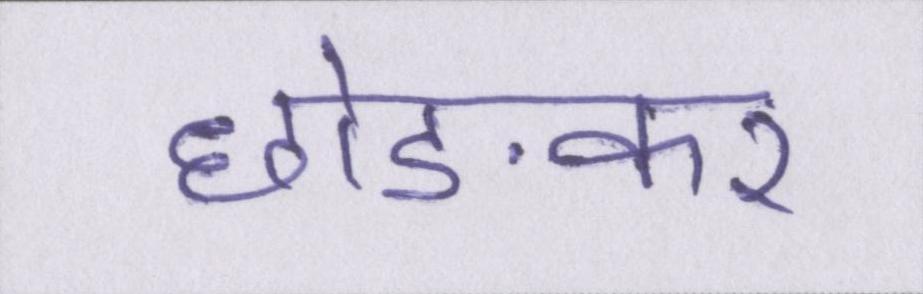
छोङकर